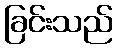
ခြင်းသည်